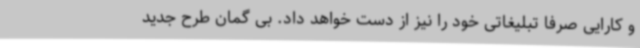
و کارایی صرفا تبلیغاتی خود را نیز از دست خواهد داد. بی گمان طرح جدید